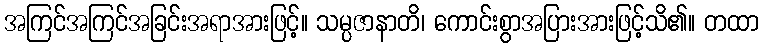
အကြင်အကြင်အခြင်းအရာအားဖြင့်။ သမ္ပဇာနာတိ၊ ကောင်းစွာအပြားအားဖြင့်သိ၏။ တထာ